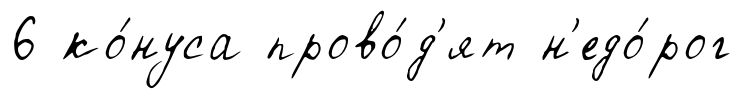
6 ко́нуса прово́д'ят н'едо́рог